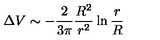
\Delta V \sim - \frac { 2 } { 3 \pi } \frac { R ^ { 2 } } { r ^ { 2 } } \ln \frac { r } { R }